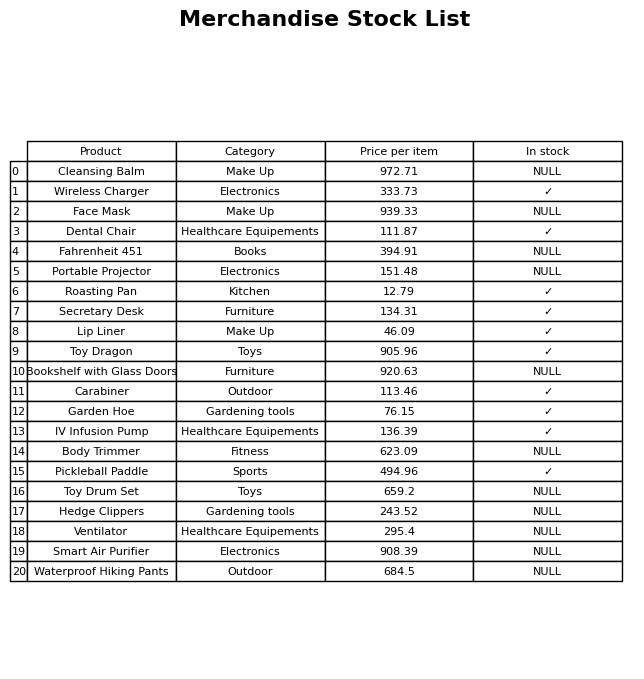
question: Which products are currently out of stock?
answer: Cleansing Balm, Face Mask, Fahrenheit 451, Portable Projector, Bookshelf with Glass Doors, Body Trimmer, Toy Drum Set, Hedge Clippers, Ventilator, Smart Air Purifier, Waterproof Hiking Pants